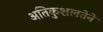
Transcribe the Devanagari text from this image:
अतिकुशलतेने